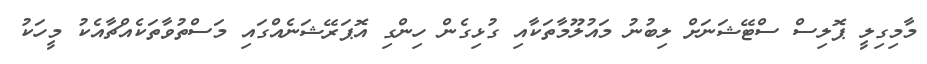
މާމިގިލީ ޕޮލިސް ސްޓޭޝަނަށް ލިބުނު މައުލޫމާތަކާއި ގުޅިގެން ހިންގި އޮޕަރޭޝަނެއްގައި މަސްތުވާތަކެއްޗާއެކު މީހަކު